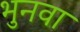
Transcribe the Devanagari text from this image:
भुनवा